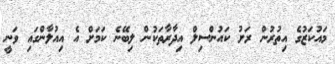
މައުކަޒުގެ އިތުރުން ރަށު ކައުންސިލް އިދާރާތަކުން ލިބޭނެ ކަމަށް އެ އިއުލާންގައި ވަނީ